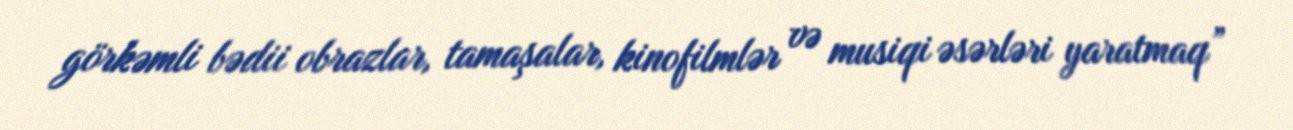
görkəmli bədii obrazlar, tamaşalar, kinofilmlər və musiqi əsərləri yaratmaq”